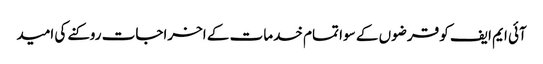
آئی ایم ایف کو قرضوں کے سوا تمام خدمات کے اخراجات روکنے کی امید